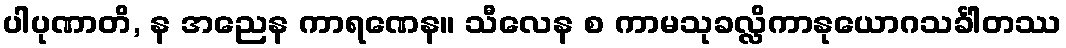
ပါပုဏာတိ, န အညေန ကာရဏေန။ သီလေန စ ကာမသုခလ္လိကာနုယောဂသင်္ခါတဿ